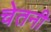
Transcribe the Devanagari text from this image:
चेतनी